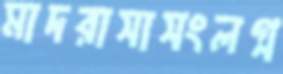
মাদরাসাসংলগ্ন